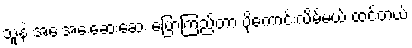
သူနဲ့ အေးအေးဆေးဆေး ပြောကြည့်တာ ပိုကောင်းလိမ့်မယ် ထင်တယ်